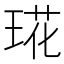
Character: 𤦙